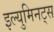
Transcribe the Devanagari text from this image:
इल्युमिनट्स